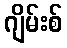
ဂျိမ်းစ်